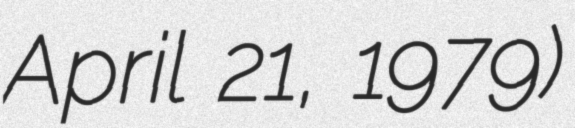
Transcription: April 21, 1979)